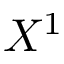
X ^ { 1 }